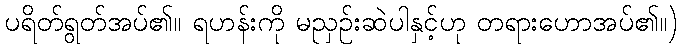
ပရိတ်ရွတ်အပ်၏။ ရဟန်းကို မညှဉ်းဆဲပါနှင့်ဟု တရားဟောအပ်၏။)